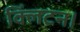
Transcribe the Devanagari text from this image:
क्लिंटन।